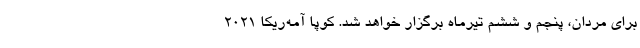
برای مردان، پنجم و ششم تیرماه برگزار خواهد شد. کوپا آمه‌ریکا ۲۰۲۱